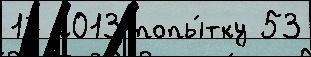
17 2013 попы́тку 53